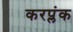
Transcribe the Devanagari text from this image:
करप्लंक